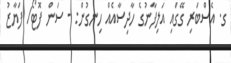
ގ. އެސްބަރި ގޭގައި އަލިފާނުގެ ހާދިސާއެއް ހިނގުން: - ސަން ފޮޓޯ/ ފަޔާޒު